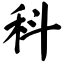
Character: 科